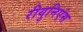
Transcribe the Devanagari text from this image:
रीयुनिएंस